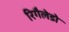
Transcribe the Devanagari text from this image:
रिगैलेडो